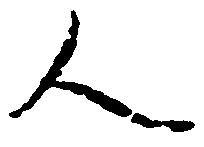
人